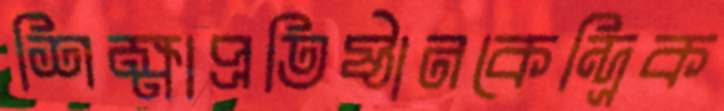
শিক্ষাপ্রতিষ্ঠানকেন্দ্রিক